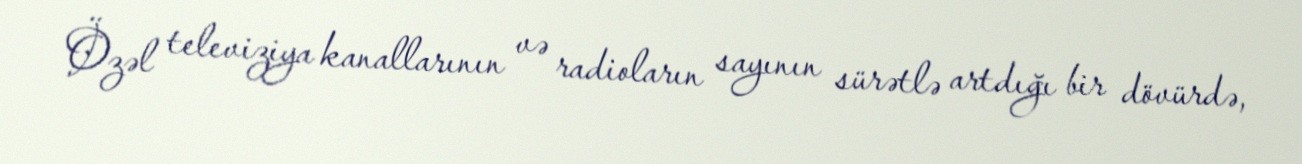
Özəl televiziya kanallarının və radioların sayının sürətlə artdığı bir dövürdə,